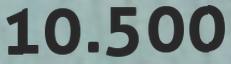
10.500